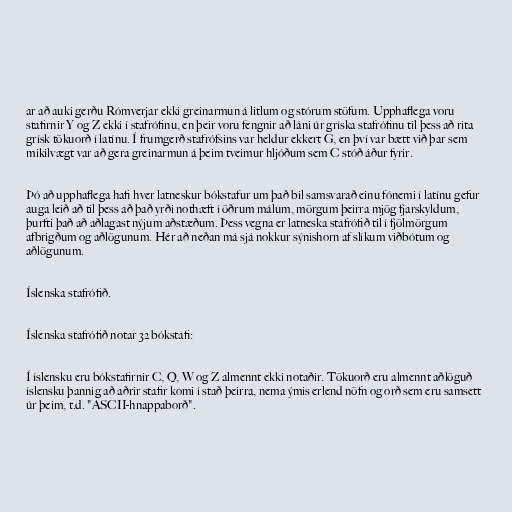
ar að auki gerðu Rómverjar ekki greinarmun á litlum og stórum stöfum. Upphaflega voru
stafirnir Y og Z ekki í stafrófinu, en þeir voru fengnir að láni úr gríska stafrófinu til þess að rita
grísk tökuorð í latínu. Í frumgerð stafrófsins var heldur ekkert G, en því var bætt við þar sem
mikilvægt var að gera greinarmun á þeim tveimur hljóðum sem C stóð áður fyrir.

Þó að upphaflega hafi hver latneskur bókstafur um það bil samsvarað einu fónemi í latínu gefur
auga leið að til þess að það yrði nothæft í öðrum málum, mörgum þeirra mjög fjarskyldum,
þurfti það að aðlagast nýjum aðstæðum. Þess vegna er latneska stafrófið til í fjölmörgum
afbrigðum og aðlögunum. Hér að neðan má sjá nokkur sýnishorn af slíkum viðbótum og
aðlögunum.

Íslenska stafrófið.

Íslenska stafrófið notar 32 bókstafi:

Í íslensku eru bókstafirnir C, Q, W og Z almennt ekki notaðir. Tökuorð eru almennt aðlöguð
íslensku þannig að aðrir stafir komi í stað þeirra, nema ýmis erlend nöfn og orð sem eru samsett
úr þeim, t.d. "ASCII-hnappaborð".